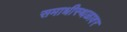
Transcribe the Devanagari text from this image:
समाधीस्थळावर